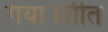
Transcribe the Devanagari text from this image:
गया।शीत